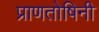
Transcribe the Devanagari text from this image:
प्राणतोषिनी